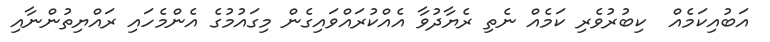
އަބުއިކަމެއް  ކިބުރުވެރި ކަމެއް ނެތި ރެޔާދުވާ އެއްކުރައްވައިގެން މިގައުމުގެ އެންމެހައި ރައްޔިތުންނާއި